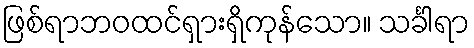
ဖြစ်ရာဘဝထင်ရှားရှိကုန်သော။ သင်္ခါရာ